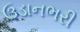
ઉડાનભરી